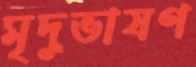
মৃদুভাষণ